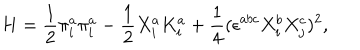
H = \frac { 1 } { 2 } \pi _ { i } ^ { a } \pi _ { i } ^ { a } - \frac { 1 } { 2 } X _ { i } ^ { a } K _ { i } ^ { a } + \frac { 1 } { 4 } ( \epsilon ^ { a b c } X _ { i } ^ { b } X _ { j } ^ { c } ) ^ { 2 } ,